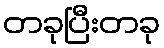
တခုပြီးတခု